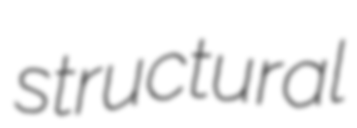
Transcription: structural